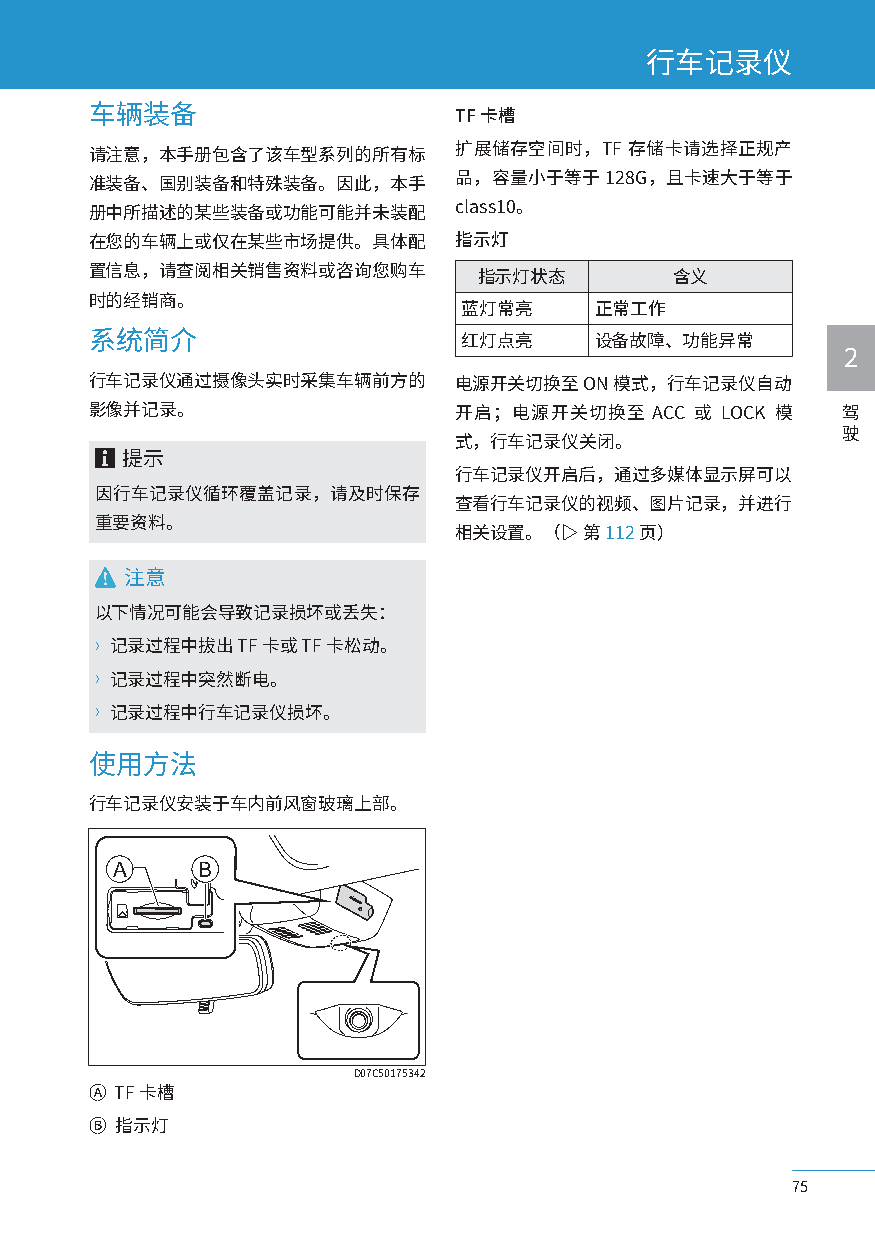
行车记录仪
 车辆装备                    TF 卡槽
 请注意，本手册包含了该车型系列的所有标     扩展储存空间时，TF 存储卡请选择正规产
 准装备、国别装备和特殊装备。因此，本手     品，容量小于等于  128G，且卡速大于等于
 册中所描述的某些装备或功能可能并未装配     class10。
 在您的车辆上或仅在某些市场提供。具体配     指示灯
 置信息，请查阅相关销售资料或咨询您购车      指示灯状态        含义
 时的经销商。
 蓝灯常亮     正常工作
 系统简介                    红灯点亮     设备故障、功能异常
 2
 行车记录仪通过摄像头实时采集车辆前方的     电源开关切换至 ON 模式，行车记录仪自动
 影像并记录。                  开启；电源开关切换至   ACC 或 LOCK 模 驾
 驶
 式，行车记录仪关闭。
 提示
 行车记录仪开启后，通过多媒体显示屏可以
 因行车记录仪循环覆盖记录，请及时保存
 查看行车记录仪的视频、图片记录，并进行
 重要资料。
 相关设置。（▷ 第 112页）
 注意
 以下情况可能会导致记录损坏或丢失：
 〉记录过程中拔出  TF 卡或 TF 卡松动。
 〉记录过程中突然断电。
 〉记录过程中行车记录仪损坏。
 使用方法
 行车记录仪安装于车内前风窗玻璃上部。
 A     B
 D07C50175342
 Ⓐ TF 卡槽
 Ⓑ 指示灯
 75